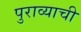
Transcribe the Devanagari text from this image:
पुराव्याची